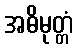
အဓိမုတ္တံ